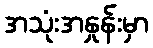
အသုံးအနှုန်းမှာ